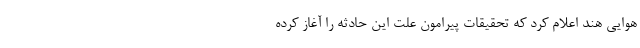
هوایی هند اعلام کرد که تحقیقات پیرامون علت این حادثه را آغاز کرده